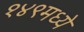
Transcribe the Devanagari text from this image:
१४९मध्ये